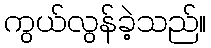
ကွယ်လွန်ခဲ့သည်။